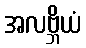
အလဗ္ဘိယံ